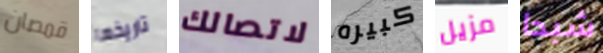
قمصان تاريخها لاتصالك كبيره مزيل شبحا